65_HS1-834228961_62-HQ-83894_Section_6
Agency: FBI
Page 37
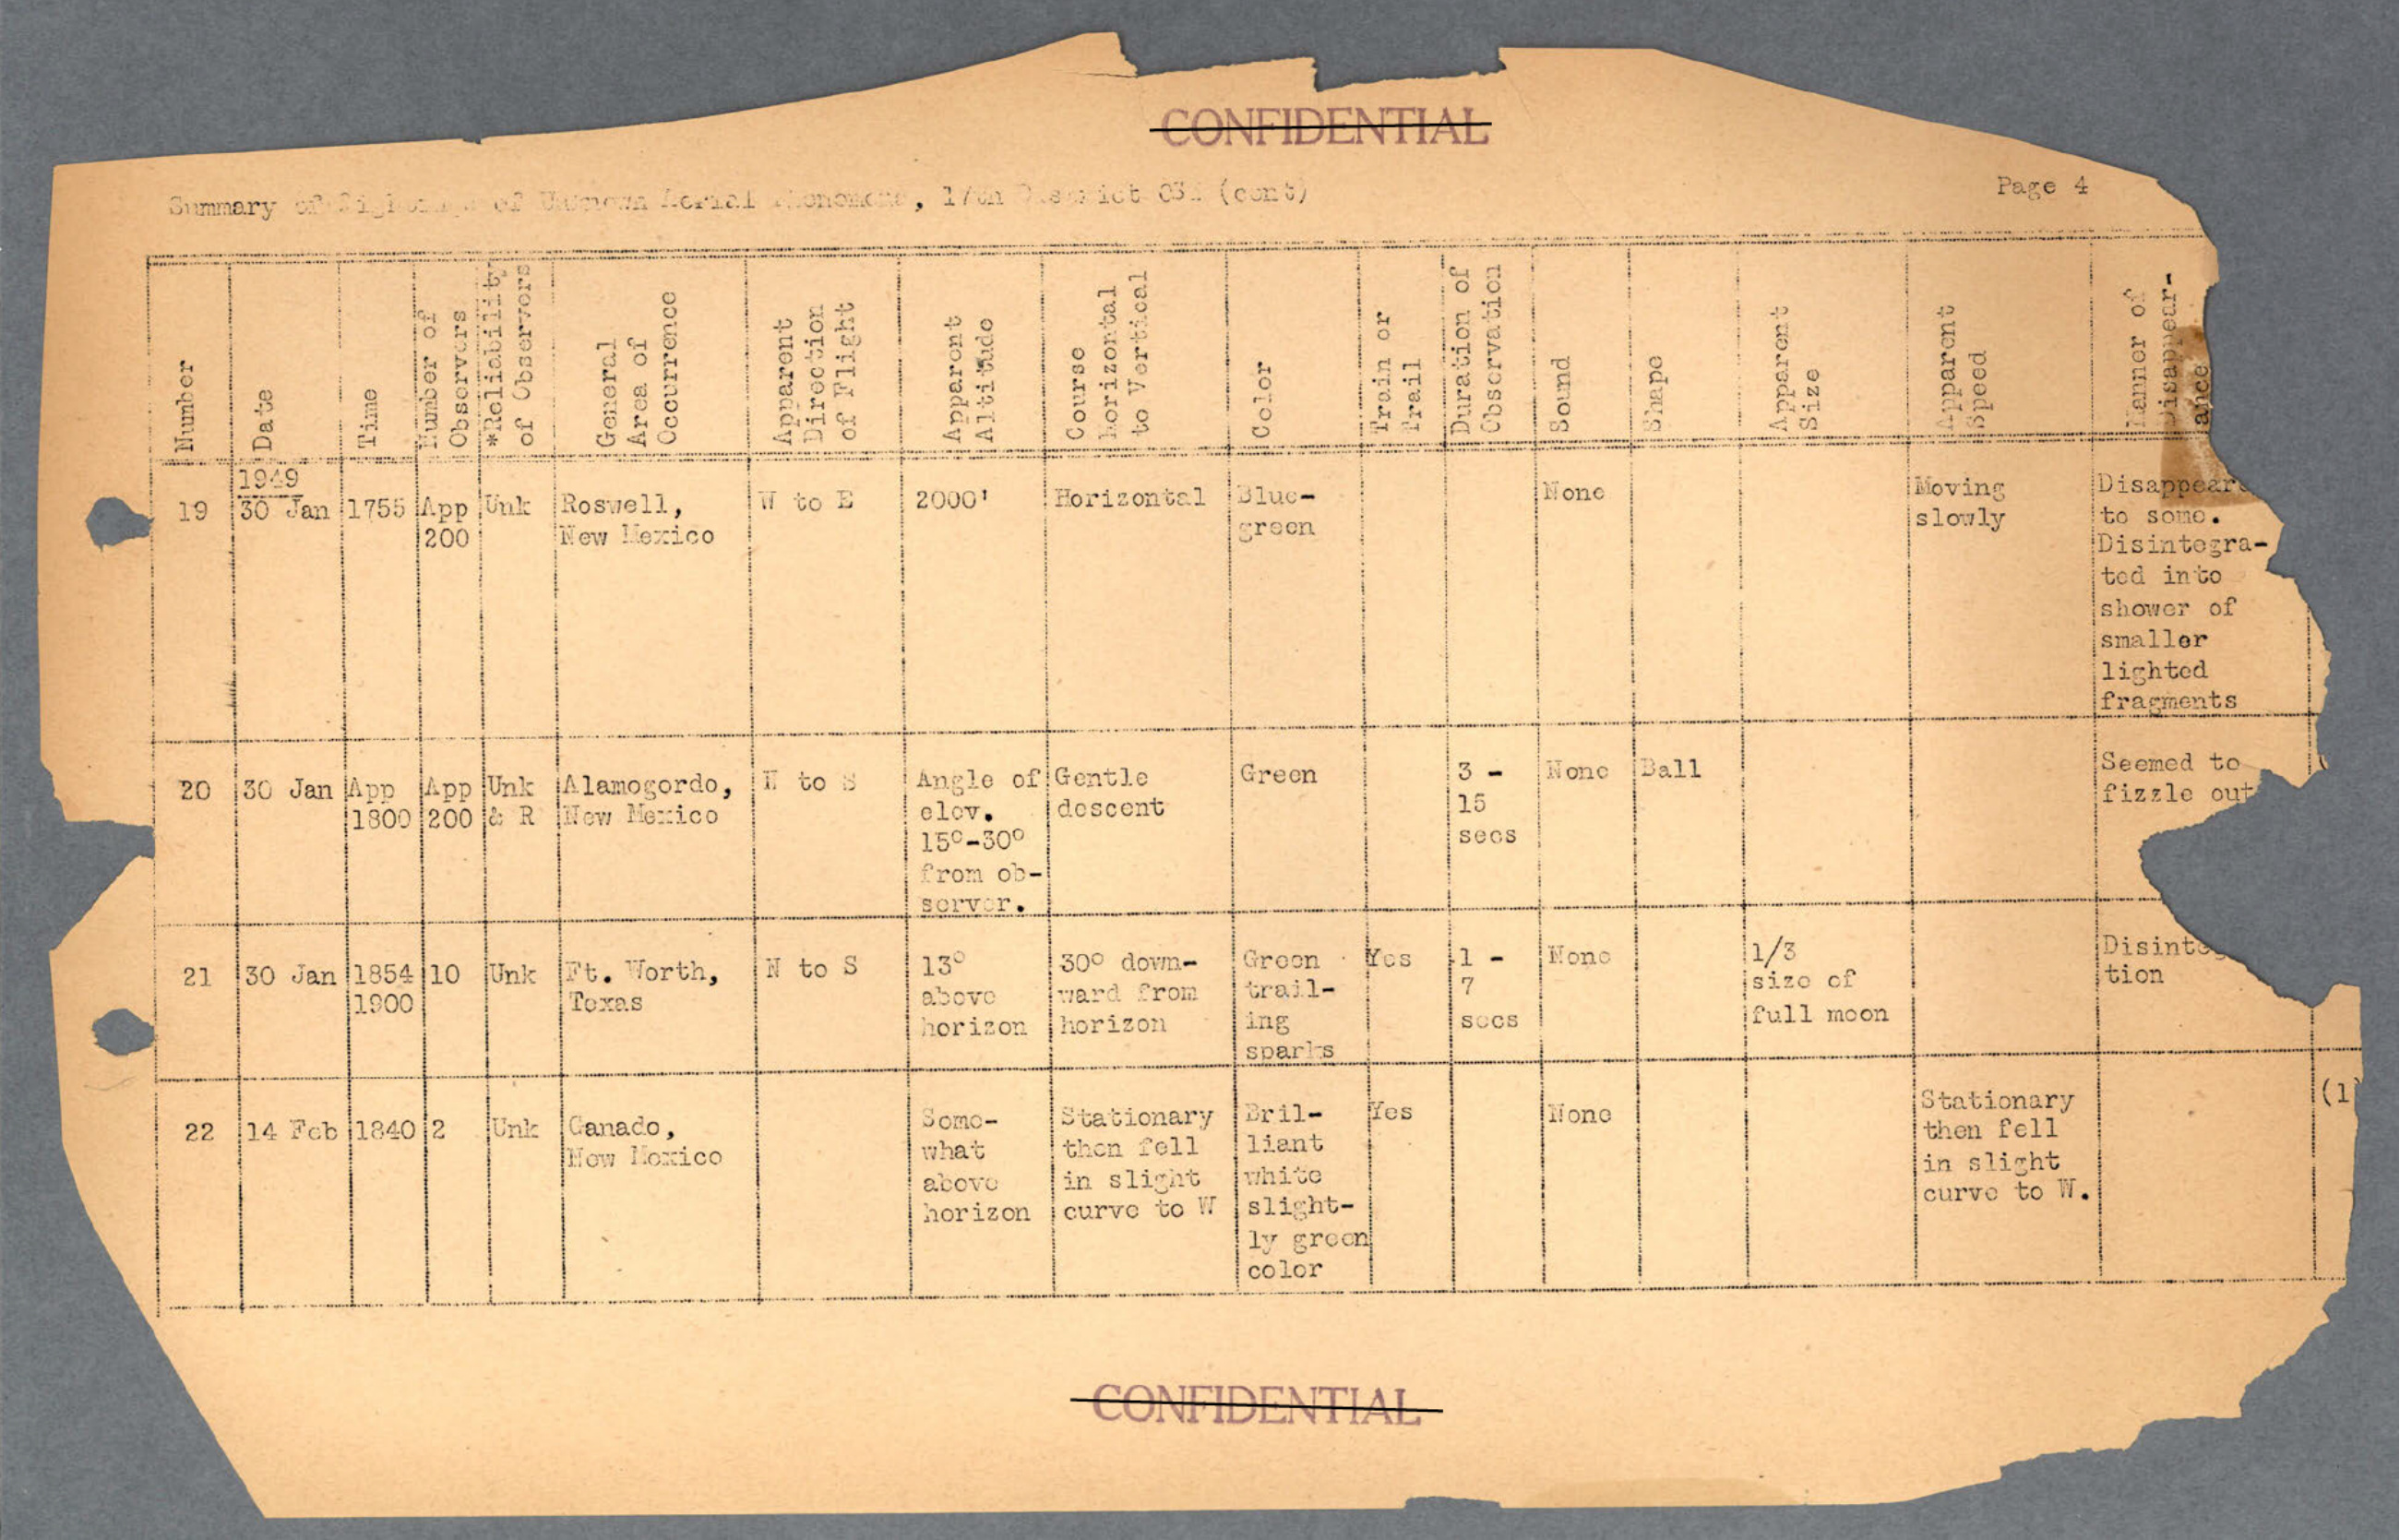